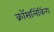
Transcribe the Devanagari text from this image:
क्रॉसलिंकिंग